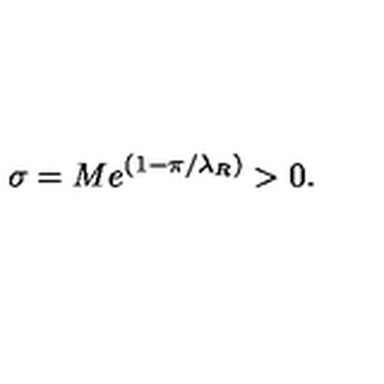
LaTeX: \sigma = M e ^ { ( 1 - \pi / \lambda _ { R } ) } > 0 .